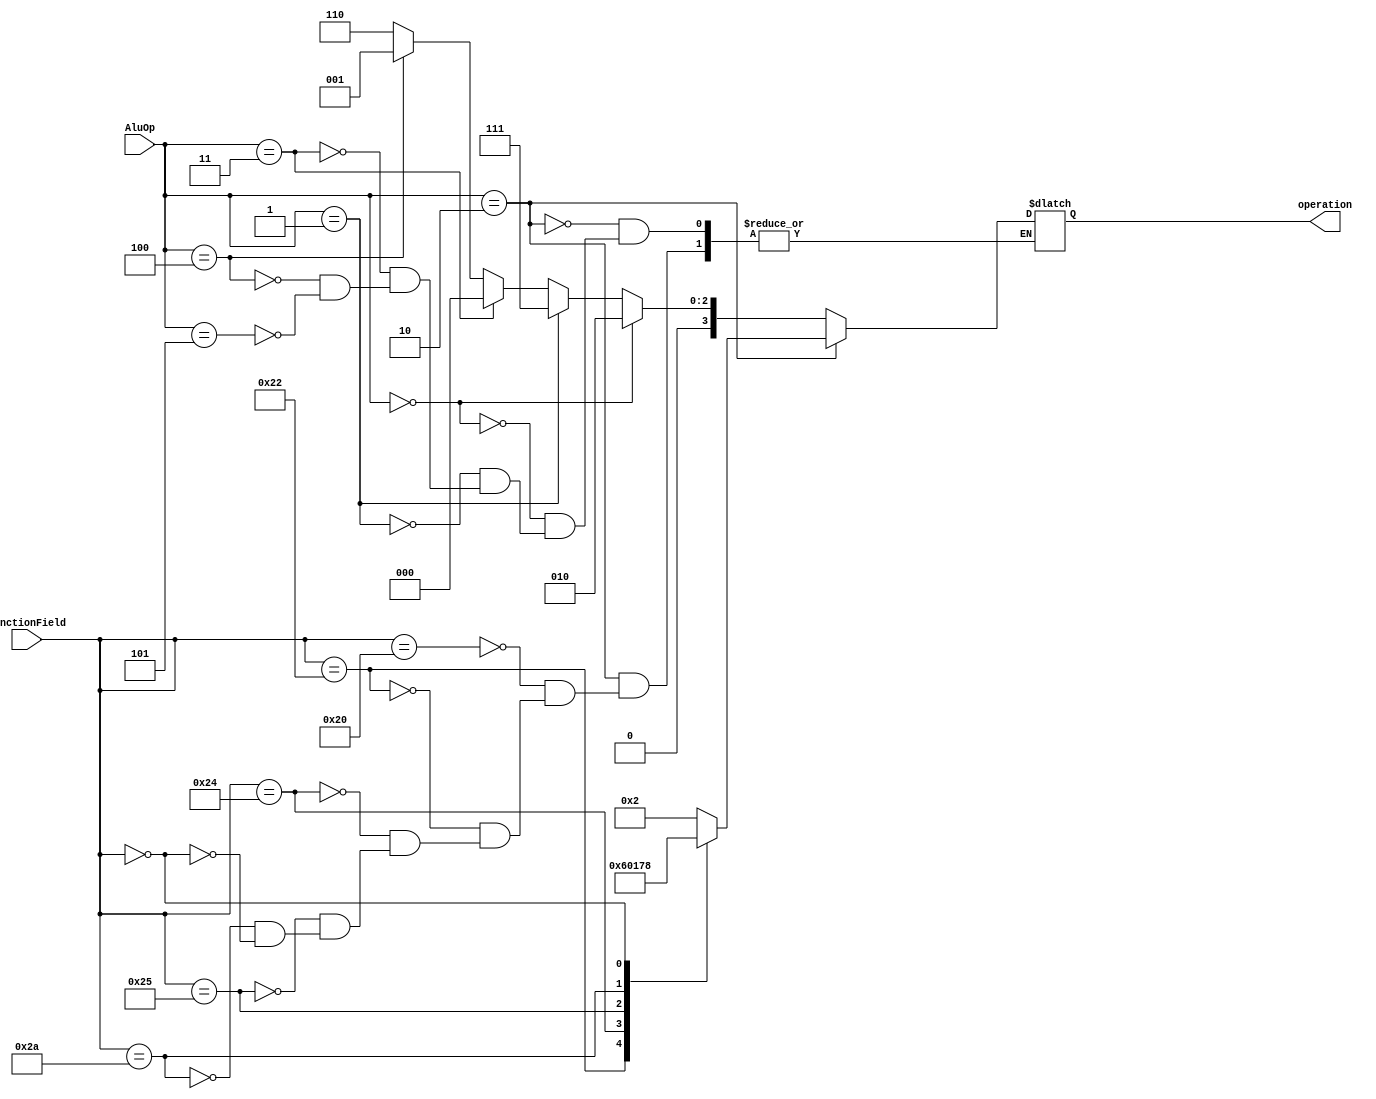
/* Todo el desarrollo de este modulo esta basado en el libro 
"Computer organization and design" pgina 260 Figura 4.12.
Esta sujeto a cambios para complemtenar las funcionalidades */
`timescale 1ns/1ns
module AluControl (
    input [5:0] functionField, //Obtenida directamente de la insturccin actual
    input [2:0] AluOp,//Obtenido desde la unidad de control
    output reg [3:0] operation//Operacin que debe realizar ahora la ALU
);
    initial operation = 4'd0;
    /* 
    Cuando AluOp en su indice 1 contenga 1, ser una instruccin de tipo R, por ello solo evaluamos ese campo
     */
    always @* begin
        if (AluOp == 3'b010) begin
            case (functionField)
                6'b100000: begin//Add operation
                    operation <= 4'b0010;
                end
                6'b100010: begin//subtract operation
                    operation <= 4'b0110;
                end
                6'b100100: begin//And operation
                    operation <= 4'b0000;
                end
                6'b100101: begin//Or operation
                    operation <= 4'b0001;
                end
                6'b101010: begin//Set on less
                    operation <= 4'b0111;
                end
                6'b000000: begin//Nop operation (no operation)
                    operation <= 4'b1000;
                end
            endcase
        end 
        /* en los siguientes campos, el campo "functionField" no
        tiene relevancia, es parte de una condicin "dont care" */
	else if(AluOp == 3'b000)begin
		operation <= 4'b0010; //Add operation
	end
	else if(AluOp == 3'b001)begin
		operation <= 4'b0111; //Set on less operation
	end
	else if(AluOp == 3'b011)begin
		operation <= 4'b0000; //And operation
	end
	else if(AluOp == 3'b100)begin
		operation <= 4'b0001; //Or operation
	end
	else if(AluOp == 3'b101)begin
                operation <= 4'b0110; //subtract operation
        end	
        else begin
            /* Cuando AluOp en su indice 0 tiene 1 */
            if (AluOp[0] == 1'b1) begin
                
            end 
	    else begin
                /* Cuado no se cumpla ninguna condicin anterior,
                entonces es una instruccin LW, SW */
            end
        end 
    end
endmodule